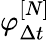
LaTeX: \varphi_{\Delta{t}}^{[N]}